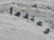
وعندما